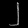
Digit: ၂